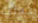
جدتك